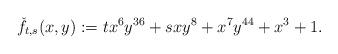
LaTeX: \begin{gather*} \check{f}_{t,s}(x,y):=t x^{6} y^{36} + s x y^{8} + x^{7} y^{44} + x^{3} + 1.\end{gather*}